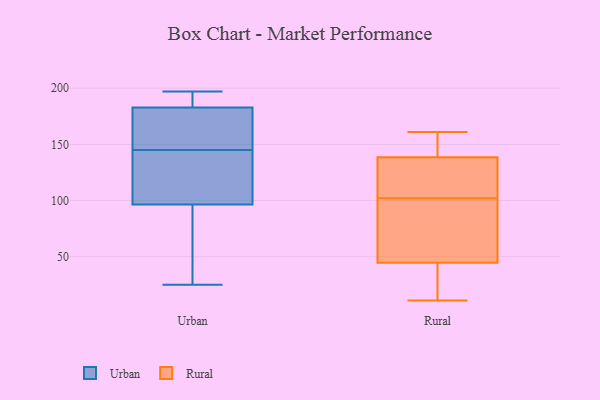
{"axis": {"x": "Shipments", "y": "Value"}, "legend": ["Rural", "Urban"], "data": [{"x": "", "y": 145, "type": "Urban"}, {"x": "", "y": 114, "type": "Urban"}, {"x": "", "y": 165, "type": "Urban"}, {"x": "", "y": 192, "type": "Urban"}, {"x": "", "y": 182, "type": "Urban"}, {"x": "", "y": 92, "type": "Urban"}, {"x": "", "y": 35, "type": "Urban"}, {"x": "", "y": 25, "type": "Urban"}, {"x": "", "y": 183, "type": "Urban"}, {"x": "", "y": 110, "type": "Urban"}, {"x": "", "y": 132, "type": "Urban"}, {"x": "", "y": 182, "type": "Urban"}, {"x": "", "y": 197, "type": "Urban"}, {"x": "", "y": 34, "type": "Urban"}, {"x": "", "y": 185, "type": "Urban"}, {"x": "", "y": 161, "type": "Rural"}, {"x": "", "y": 112, "type": "Rural"}, {"x": "", "y": 11, "type": "Rural"}, {"x": "", "y": 135, "type": "Rural"}, {"x": "", "y": 150, "type": "Rural"}, {"x": "", "y": 154, "type": "Rural"}, {"x": "", "y": 142, "type": "Rural"}, {"x": "", "y": 36, "type": "Rural"}, {"x": "", "y": 43, "type": "Rural"}, {"x": "", "y": 145, "type": "Rural"}, {"x": "", "y": 46, "type": "Rural"}, {"x": "", "y": 66, "type": "Rural"}, {"x": "", "y": 116, "type": "Rural"}, {"x": "", "y": 12, "type": "Rural"}, {"x": "", "y": 68, "type": "Rural"}, {"x": "", "y": 114, "type": "Rural"}, {"x": "", "y": 104, "type": "Rural"}, {"x": "", "y": 89, "type": "Rural"}, {"x": "", "y": 100, "type": "Rural"}, {"x": "", "y": 28, "type": "Rural"}]}